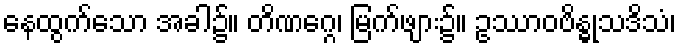
နေထွက်သော အခါ၌။ တိဏဂ္ဂေ၊ မြက်ဖျား၌။ ဥဿာဝဗိန္ဓုသဒိသံ၊